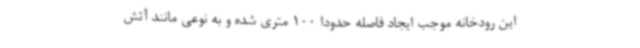
این رودخانه موجب ایجاد فاصله حدودا 100 متری شده و به نوعی مانند آتش